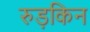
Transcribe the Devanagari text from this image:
रुड़किन